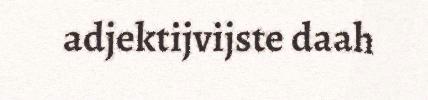
adjektijvijste daah